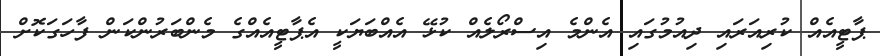
ޕާޓީއެއް ކުރިއަރައި ދިއުމުގައި އެންމެ އިސްރޯލެއް ކުޅޭ އެއްބަޔަކީ އެޕާޓީއެއްގެ މެންބަރުންކަން ފާހަގަކޮށް